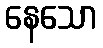
နေသော